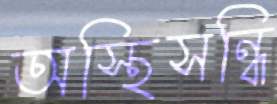
অস্থিসন্ধি